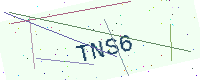
Text: TNS6